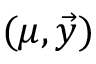
( \mu , \vec { y } )